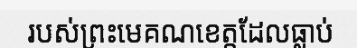
របស់ព្រះមេគណខេត្តដែលធ្លាប់